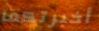
أخبرتكما